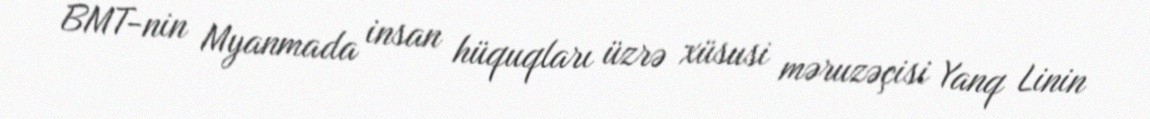
BMT-nin Myanmada insan hüquqları üzrə xüsusi məruzəçisi Yanq Linin